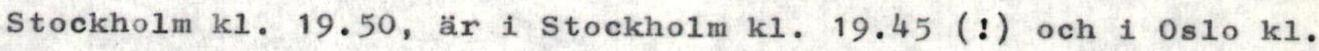
Stockholm kl. 19.50, är i Stockholm kl. 19.45 (!) och i 0slo kl.